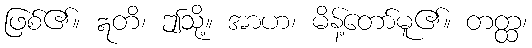
ဖြစ်၏။ ဣတိ၊ ဤသို့။ အာဟ၊ မိန့်တော်မူ၏။ တတ္ထ၊